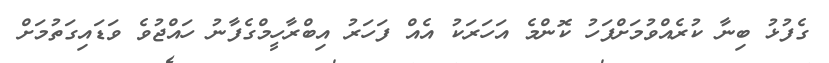
ގެފުޅު ބިނާ ކުރެއްވުމަށްފަހު ކޮންމެ އަހަރަކު އެއް ފަހަރު އިބްރާހީމްގެފާނު ހައްޖުވެ ވަޑައިގަތުމަށް